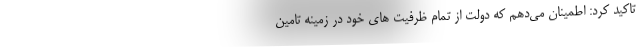
تاکید کرد: اطمینان می‌دهم که دولت از تمام ظرفیت های خود در زمینه تامین